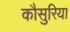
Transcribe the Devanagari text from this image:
कौसुरिया